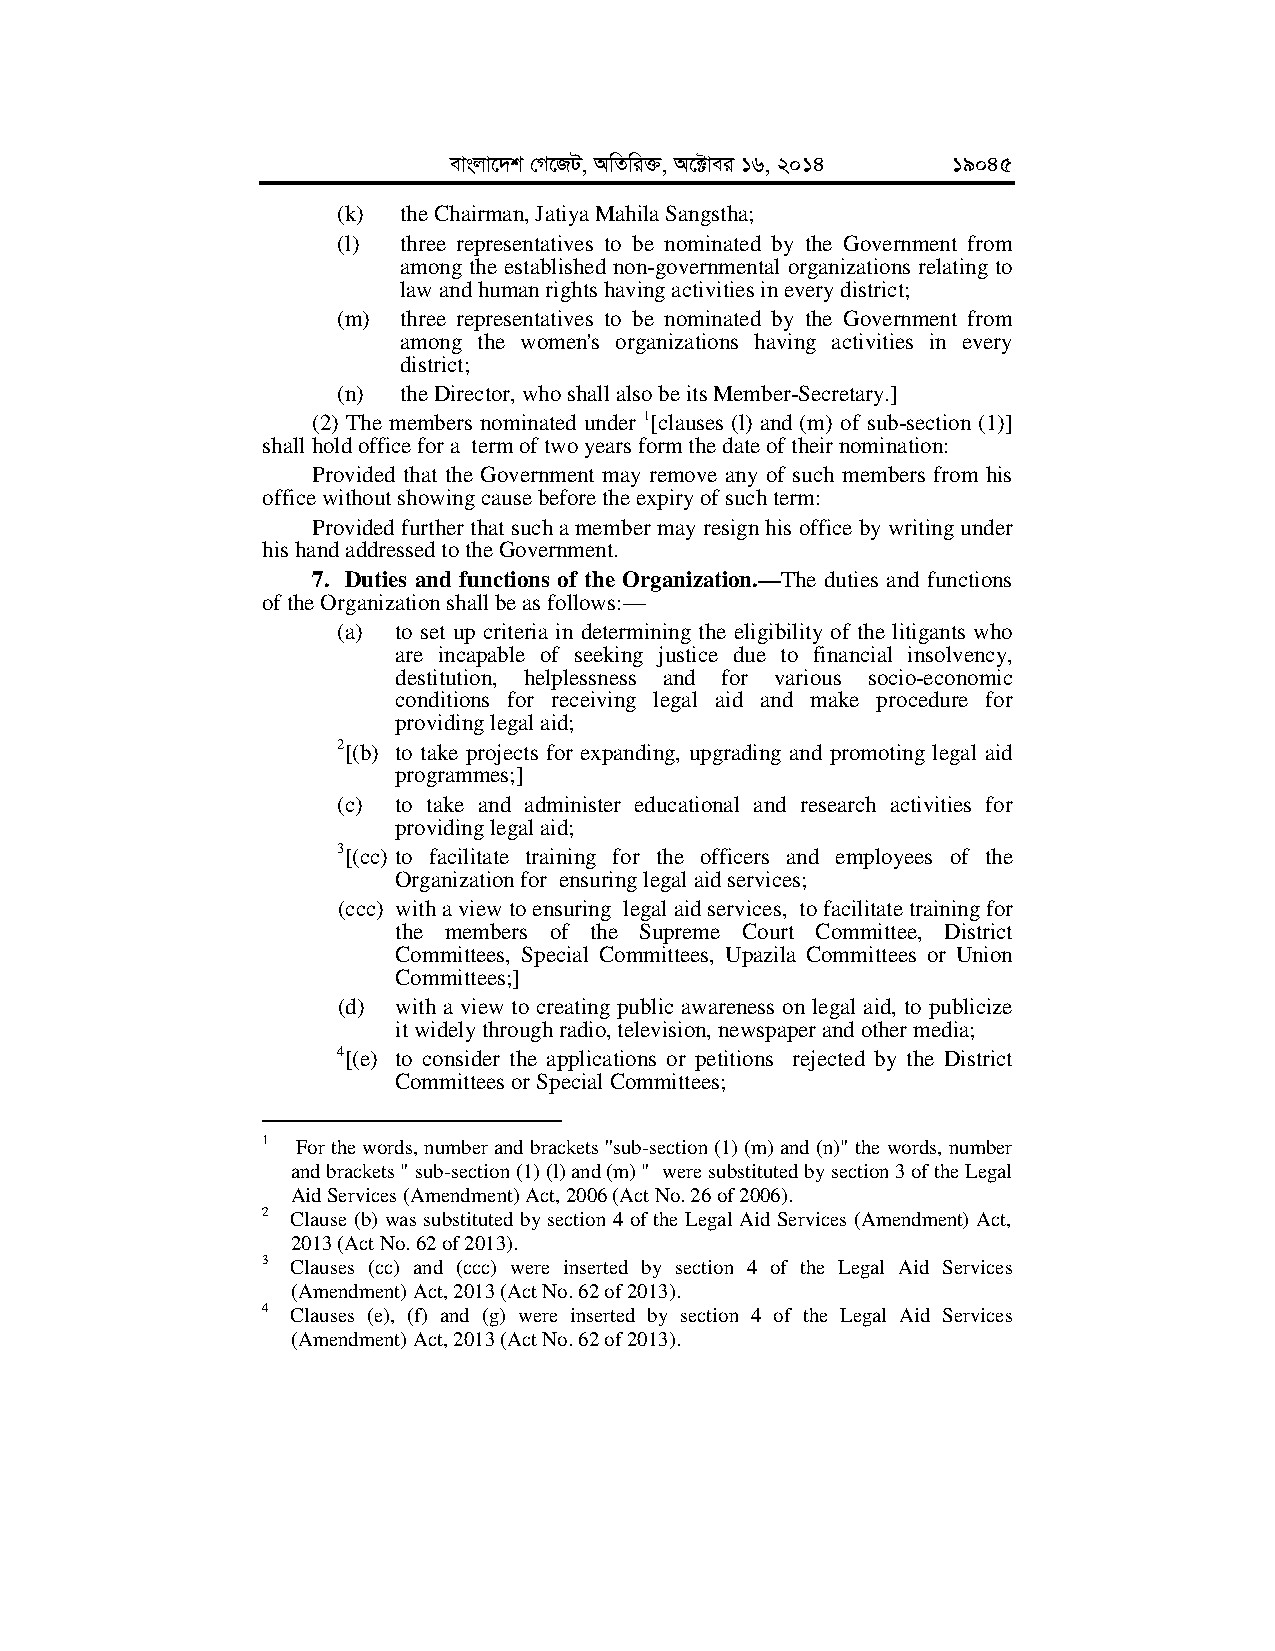
evsjv‡`k †M‡RU, AwZwi³, A‡±vei 16, 2014 19045
 (k) the Chairman, Jatiya Mahila Sangstha;
 (l) three representatives to be nominated by the Government from
 among the established non-governmental organizations relating to
 law and human rights having activities in every district;
 (m) three representatives to be nominated by the Government from
 among the women's organizations having activities in every
 district;
 (n) the Director, who shall also be its Member-Secretary.]
 (2) The members nominated under 1[clauses (l) and (m) of sub-section (1)]
 shall hold office for a term of two years form the date of their nomination:
 Provided that the Government may remove any of such members from his
 office without showing cause before the expiry of such term:
 Provided further that such a member may resign his office by writing under
 his hand addressed to the Government.
 7. Duties and functions of the Organization.—The duties and functions
 of the Organization shall be as follows:—
 (a) to set up criteria in determining the eligibility of the litigants who
 are incapable of seeking justice due to financial insolvency,
 destitution, helplessness and for various socio-economic
 conditions for receiving legal aid and make procedure for
 providing legal aid;
 2[(b) to take projects for expanding, upgrading and promoting legal aid
 programmes;]
 (c) to take and administer educational and research activities for
 providing legal aid;
 3[(cc) to facilitate training for the officers and employees of the
 Organization for ensuring legal aid services;
 (ccc) with a view to ensuring legal aid services, to facilitate training for
 the members of the Supreme Court Committee, District
 Committees, Special Committees, Upazila Committees or Union
 Committees;]
 (d) with a view to creating public awareness on legal aid, to publicize
 it widely through radio, television, newspaper and other media;
 4[(e) to consider the applications or petitions rejected by the District
 Committees or Special Committees;
 1  For the words, number and brackets ''sub-section (1) (m) and (n)" the words, number
 and brackets " sub-section (1) (l) and (m) " were substituted by section 3 of the Legal
 Aid Services (Amendment) Act, 2006 (Act No. 26 of 2006).
 2 Clause (b) was substituted by section 4 of the Legal Aid Services (Amendment) Act,
 2013 (Act No. 62 of 2013).
 3 Clauses (cc) and (ccc) were inserted by section 4 of the Legal Aid Services
 (Amendment) Act, 2013 (Act No. 62 of 2013).
 4 Clauses (e), (f) and (g) were inserted by section 4 of the Legal Aid Services
 (Amendment) Act, 2013 (Act No. 62 of 2013).